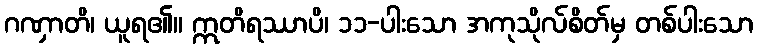
ဂဏှာတိ၊ ယူရ၏။ ဣတိရဿာပိ၊ ၁၁-ပါးသော အကုသိုလ်စိတ်မှ တစ်ပါးသော